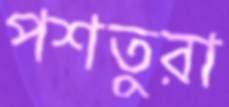
পশতুরা